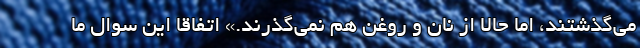
می‌گذشتند، اما حالا از نان و روغن هم نمی‌گذرند.» اتفاقا این سوال ما